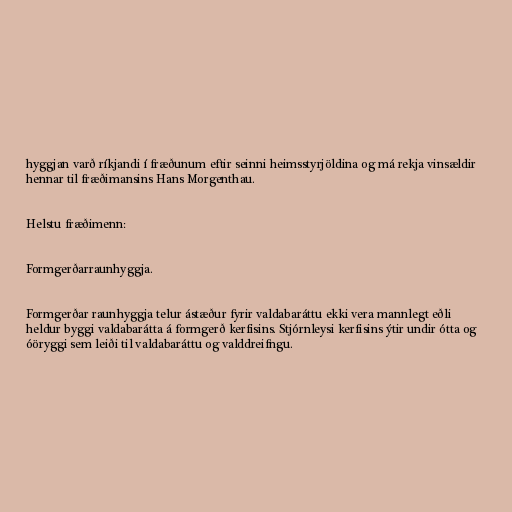
hyggjan varð ríkjandi í fræðunum eftir seinni heimsstyrjöldina og má rekja vinsældir
hennar til fræðimansins Hans Morgenthau.

Helstu fræðimenn:

Formgerðarraunhyggja.

Formgerðar raunhyggja telur ástæður fyrir valdabaráttu ekki vera mannlegt eðli
heldur byggi valdabarátta á formgerð kerfisins. Stjórnleysi kerfisins ýtir undir ótta og
óöryggi sem leiði til valdabaráttu og valddreifngu.